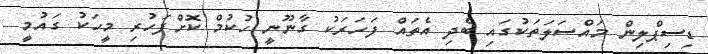
ޑިސިޕްލިން މައްސަލަތަކުގައި ބެދި އެތައް ފަހަރަކު ގާނޫނީ ހުކުމް ކޮށްފަހުރި މީހަކު ގައުމީ